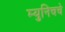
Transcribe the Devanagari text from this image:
म्युनिचचे